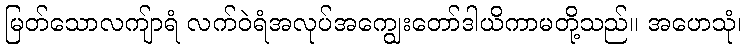
မြတ်သောလကျ်ာရံ လက်ဝဲရံအလုပ်အကျွေးတော်ဒါယိကာမတို့သည်။ အဟေသုံ၊